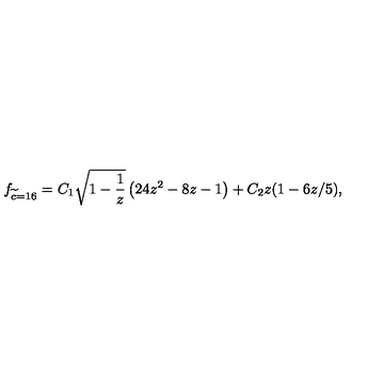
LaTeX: f _ { \widetilde c = 1 6 } = C _ { 1 } \sqrt { 1 - \frac { 1 } { z } } \left( 2 4 z ^ { 2 } - 8 z - 1 \right) + C _ { 2 } z ( 1 - 6 z / 5 ) ,